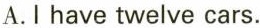
A.I have twelve cars。